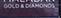
gold